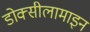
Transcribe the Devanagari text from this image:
डोक्सीलामाइन